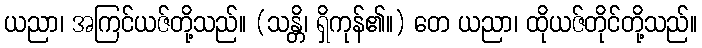
ယညာ၊ အကြင်ယဇ်တို့သည်။ (သန္တိ၊ ရှိကုန်၏။) တေ ယညာ၊ ထိုယဇ်တိုင်တို့သည်။